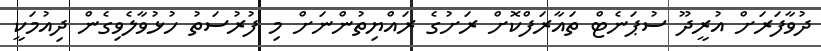
ދުވާފަރަށް އުރީދޫ ސުޕަނެޓް ތައާރަފްކޮށް ރަށުގެ ރައްޔިތުންނަށް މި ފުރުސަތު ހުޅުވާލެވިގެން ދިއުމަކީ